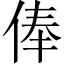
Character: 俸